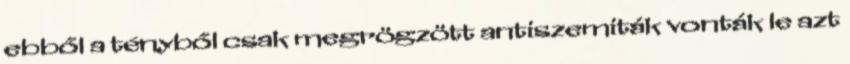
ebből a tényből csak megrögzött antiszemiták vonták le azt